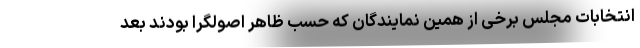
انتخابات مجلس برخی از همین نمایندگان که حسب ظاهر اصولگرا بودند بعد